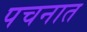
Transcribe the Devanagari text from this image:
पचनात